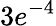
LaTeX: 3e^{-4}